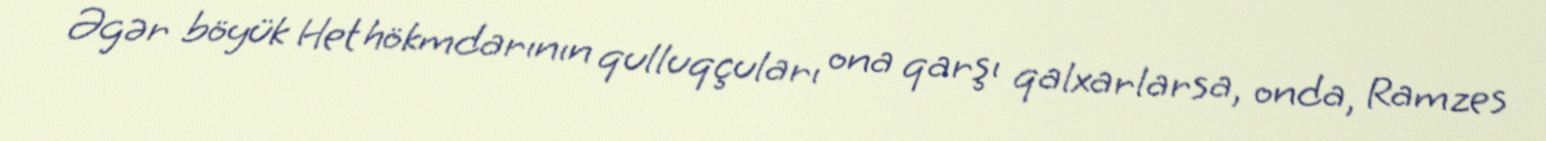
Əgər böyük Het hökmdarının qulluqçuları ona qarşı qalxarlarsa, onda, Ramzes